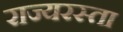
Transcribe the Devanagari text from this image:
राज्यरस्ता